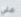
علي